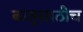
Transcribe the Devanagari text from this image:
बाजुसाठीच